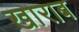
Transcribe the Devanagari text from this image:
खाराब